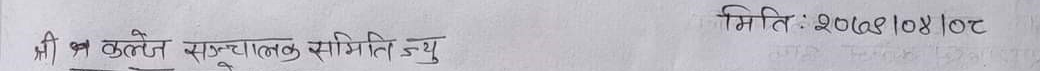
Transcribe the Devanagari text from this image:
श्री ब कुले सञ्चालक समिति ड्यु मिति: 2068/04/02